Rangoon Lunatic Asylum 1878-1892 - 1878-1892
Year: 1878
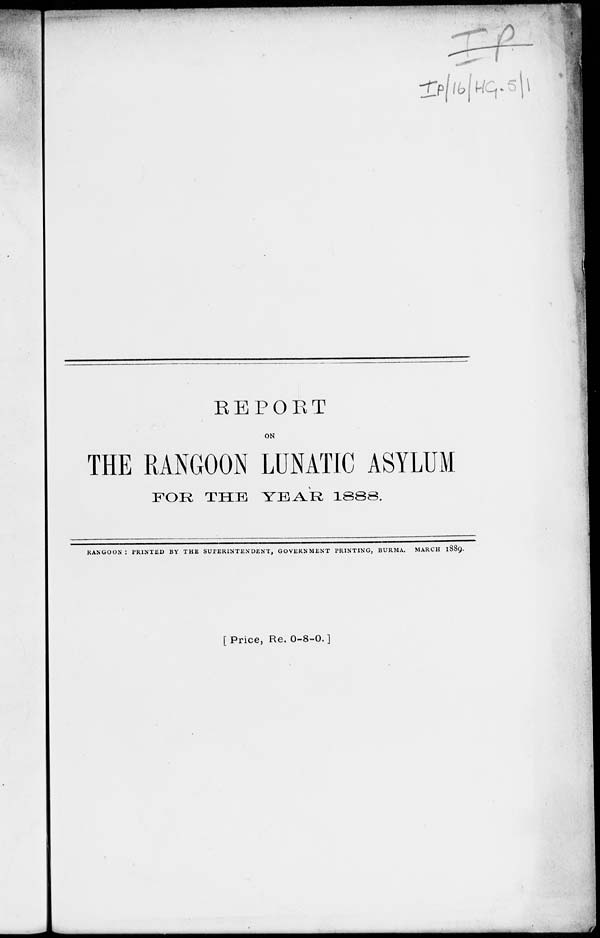
REPORT
ON
THE RANGOON LUNATIC ASYLUM
FOR
THE
YEAR
1888.
RANGOON: PRINTED BY THE SUPERINTENDENT, GOVERNMENT PRINTING, BURMA. MARCH 1889.
[ Price, Re. 0-8-0. ]